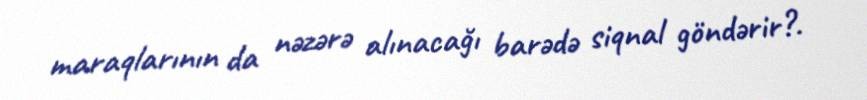
maraqlarının da nəzərə alınacağı barədə siqnal göndərir?.